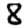
Digit: 8